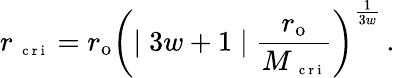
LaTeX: r_{\mathrm{~\scriptsize~c~r~i~}}=r_{\mathrm{{o}}}\left(\mid 3w+1\mid\frac{r_{\mathrm{{o}}}}{M_{\mathrm{~\scriptsize~c~r~i~}}}\right)^{\frac{1}{3w}}\, .